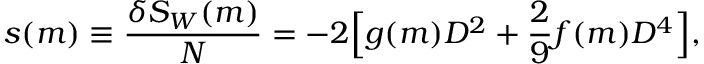
\begin{array} { c c c } { \displaystyle { s ( m ) \equiv \frac { \delta S _ { W } ( m ) } { N } = - 2 \Big [ g ( m ) D ^ { 2 } + \frac { 2 } { 9 } f ( m ) D ^ { 4 } \Big ] , } } \end{array}